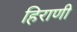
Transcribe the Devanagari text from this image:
हिराणी